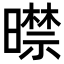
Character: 𣋜